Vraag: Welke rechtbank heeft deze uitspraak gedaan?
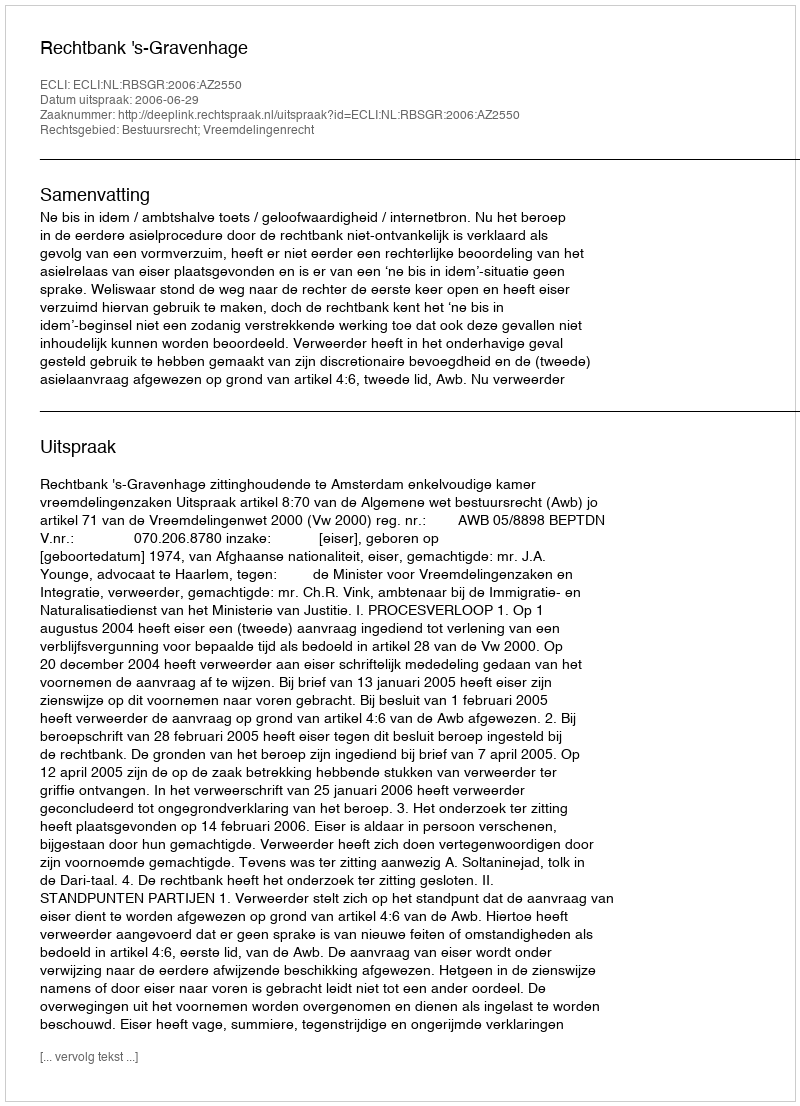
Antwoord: Rechtbank 's-Gravenhage